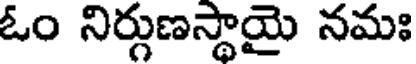
ఓం నిర్గుణస్థాయై నమః